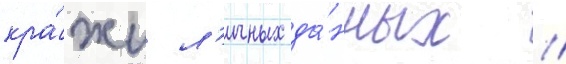
кра́жи л'ичных да́нных //